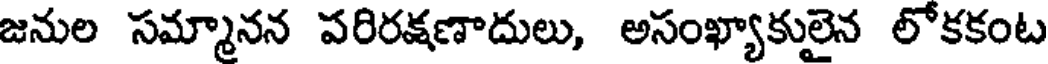
జనుల సమ్మానన పరిరక్షణాదులు, అసంఖ్యాకులైన లోకకంట